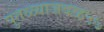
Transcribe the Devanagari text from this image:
पुतळ्याजवळ५७